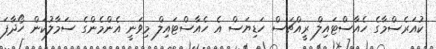
ކުއަރެސްމާގެ ހެއާސްޓައިލް ރީއްޗަސް ހަޑިޔަސް އެ ހެއާސްޓައިލް މިވަނީ އެންމެންގެ ސަމާލުކަން ހޯދާފަ